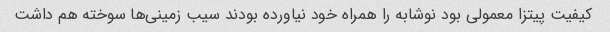
کیفیت پیتزا معمولی بود نوشابه را همراه خود نیاورده بودند سیب زمینی‌ها سوخته هم داشت